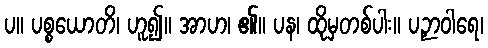
ပ။ ပစ္စယောတိ၊ ဟူ၍။ အာဟ၊ ၏။ ပန၊ ထိုမှတစ်ပါး။ ပဉှာဝါရေ၊